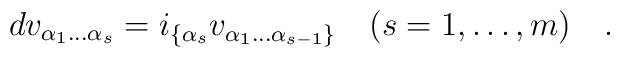
d v_{\alpha_1 \dots \alpha_s} =i_{\{\alpha_s} v_{\alpha_1 \dots \alpha_{s-1}\}}\quad (s=1,\dots, m)\quad.